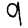
Digit: 9